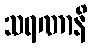
သရဏာနိ